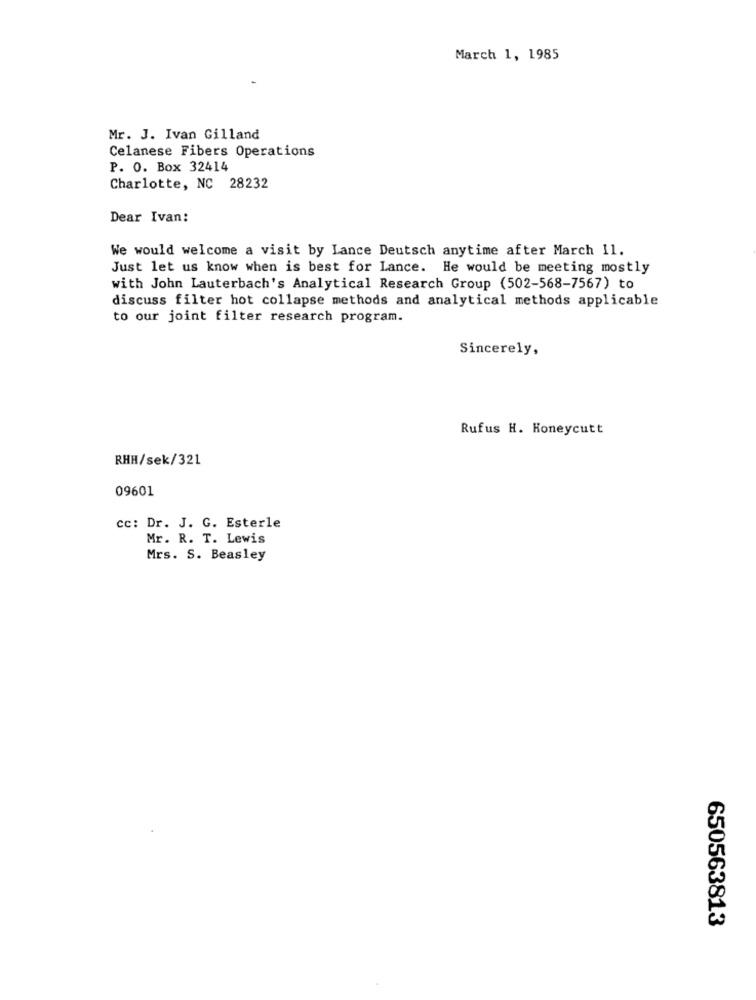
March 1, 1985
Mr. J. Ivan Gilland
Celanese Fibers Operations
P. O. Box 32414
Charlotte, NC 28232
Dear Ivan:
We would welcome a visit by Lance Deutsch anytime after March 11.
Just let us know when is best for Lance. He would be meeting mostly
with John Lauterbach's Analytical Research Group (502-568-7567) to
discuss filter hot collapse methods and analytical methods applicable
to our joint filter research program.
Sincerely,
Rufus H. Honeycutt
RHH/sek/321
09601
cc: Dr. J. G. Esterle
Mr. R. T. Lewis
Mrs. S. Beasley
650563813